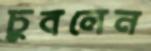
চুবলেন